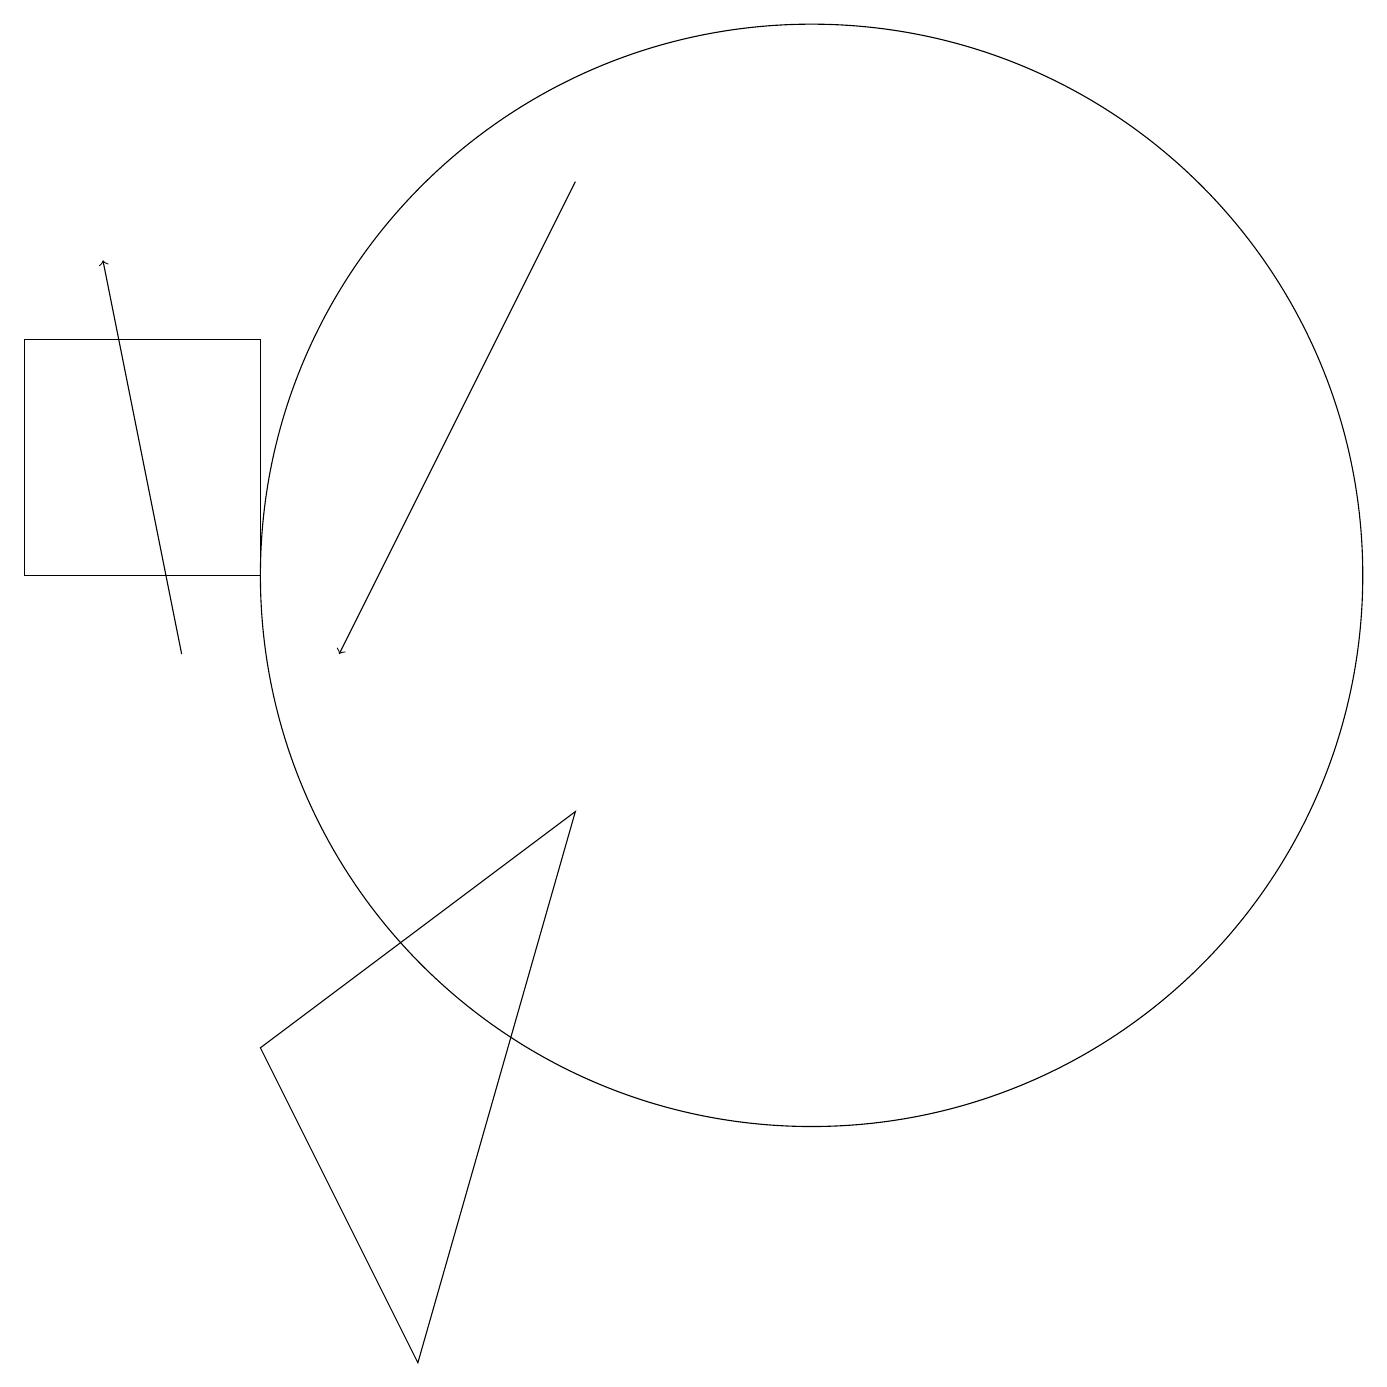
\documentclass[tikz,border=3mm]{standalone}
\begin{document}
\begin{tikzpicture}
\draw[->] (8,16) -- (5,10);
\draw (11,11) circle (7);
\draw (11,11) circle (0);
\draw (6,1) -- (4,5) -- (8,8) -- cycle;
\draw[->] (3,10) -- (2,15);
\draw (4,11) rectangle (1,14);
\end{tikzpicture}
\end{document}